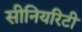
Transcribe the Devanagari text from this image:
सीनियरिटी